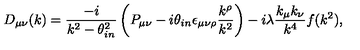
D _ { \mu \nu } ( k ) = \frac { - i } { k ^ { 2 } - \theta _ { i n } ^ { 2 } } \left( P _ { \mu \nu } - i \theta _ { i n } \epsilon _ { \mu \nu \rho } \frac { k ^ { \rho } } { k ^ { 2 } } \right) - i \lambda \frac { k _ { \mu } k _ { \nu } } { k ^ { 4 } } f ( k ^ { 2 } ) ,